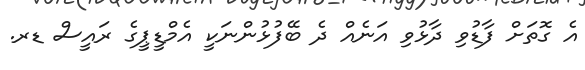
އެ ގޮތަށް ފާޑުވި ދާޅުވި އަނެއް ދެ ބޭފުޅުންނަކީ އެމްޑީޕީގެ ރައީސް ޑރ.